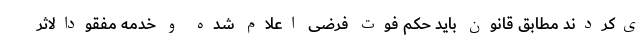
ی‌کردند مطابق قانون باید حکم فوت فرضی اعلام شده و خدمه مفقودالاثر